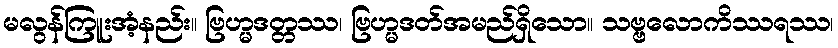
မလွန်ကြူးအံ့နည်း။ ဗြဟ္မဒတ္တဿ၊ ဗြဟ္မဒတ်အမည်ရှိသော။ သဗ္ဗလောကိဿရဿ၊